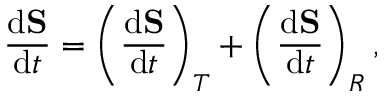
\frac { \mathrm { d } { \bf S } } { \mathrm { d } t } = \left( \frac { \mathrm { d } { \bf S } } { \mathrm { d } t } \right) _ { T } + \left( \frac { \mathrm { d } { \bf S } } { \mathrm { d } t } \right) _ { R } ,